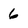
Character: 6